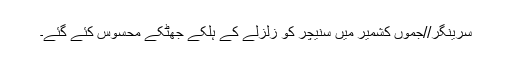
سرینگر//جموں کشمیر میں سنیچر کو زلزلے کے ہلکے جھٹکے محسوس کئے گئے۔